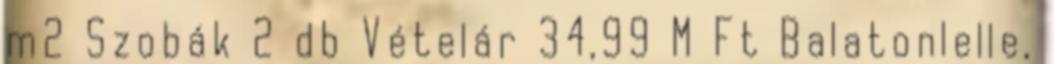
m2 Szobák 2 db Vételár 34,99 M Ft Balatonlelle,